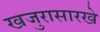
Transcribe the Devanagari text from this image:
खजुरासारखे